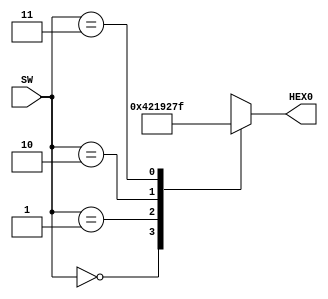
module lab1_part4(SW, HEX0);
input [1:0] SW;
output reg [6:0] HEX0;

always @ (SW[1:0])
begin
	case(SW[1:0])
		2'h0: HEX0[6:0] = 7'b0100001;
		2'h1: HEX0[6:0] = 7'b0000110;
		2'h2: HEX0[6:0] = 7'b0100100;
		2'h3: HEX0[6:0] = 7'b1111111;
	endcase
end
endmodule